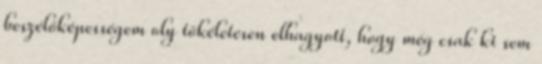
beszélőképességem oly tökéletesen elhagyott, hogy még csak ki sem